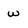
Character: w